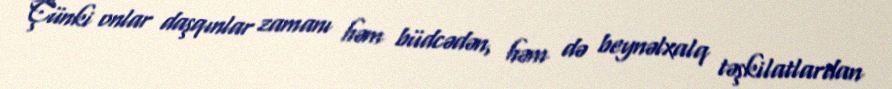
Çünki onlar daşqınlar zamanı həm büdcədən, həm də beynəlxalq təşkilatlardan